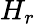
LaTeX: H_{r}